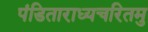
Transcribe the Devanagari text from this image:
पंडिताराध्यचरितमु